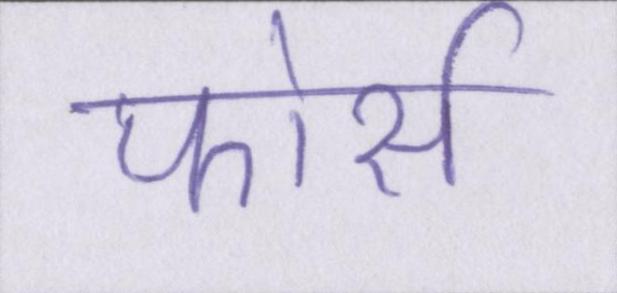
फोर्स